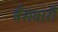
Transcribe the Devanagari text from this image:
बैसवारी